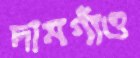
দামগাঁও